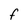
Character: f